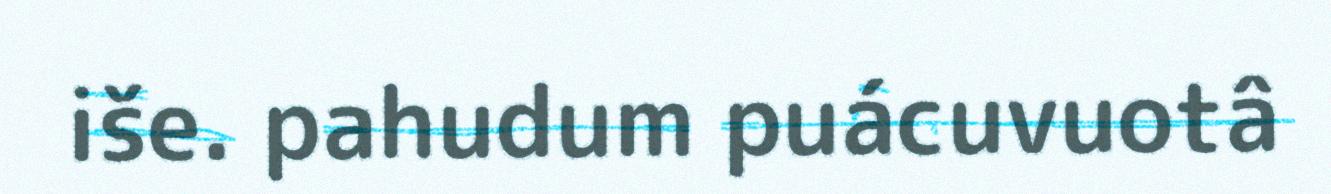
iše. pahudum puácuvuotâ